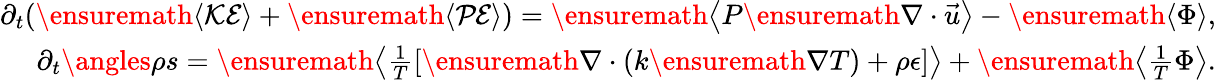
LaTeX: \begin{array}{r}{\partial_{t}(\ensuremath{\left\langle\mathcal{KE}\right\rangle}+\ensuremath{\left\langle\mathcal{PE}\right\rangle})=\ensuremath{\left\langle P\ensuremath{\nabla}\cdot\vec{u}\right\rangle}-\ensuremath{\left\langle\Phi\right\rangle},}\\ {\partial_{t}{\angles{\rho s}}=\ensuremath{\left\langle\frac{1}{T}\left[\ensuremath{\nabla}\cdot(k\ensuremath{\nabla}T)+\rho\epsilon\right]\right\rangle}+\ensuremath{\left\langle\frac{1}{T}\Phi\right\rangle}.}\end{array}